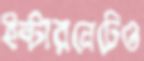
ইন্টারনেটেও